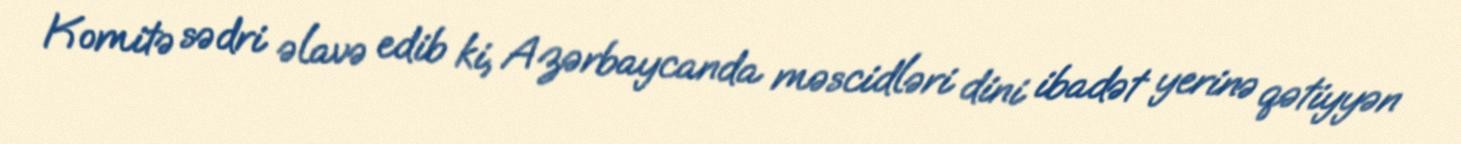
Komitə sədri əlavə edib ki, Azərbaycanda məscidləri dini ibadət yerinə qətiyyən